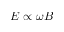
E \propto \omega B